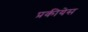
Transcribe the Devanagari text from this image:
प्रकीयेस